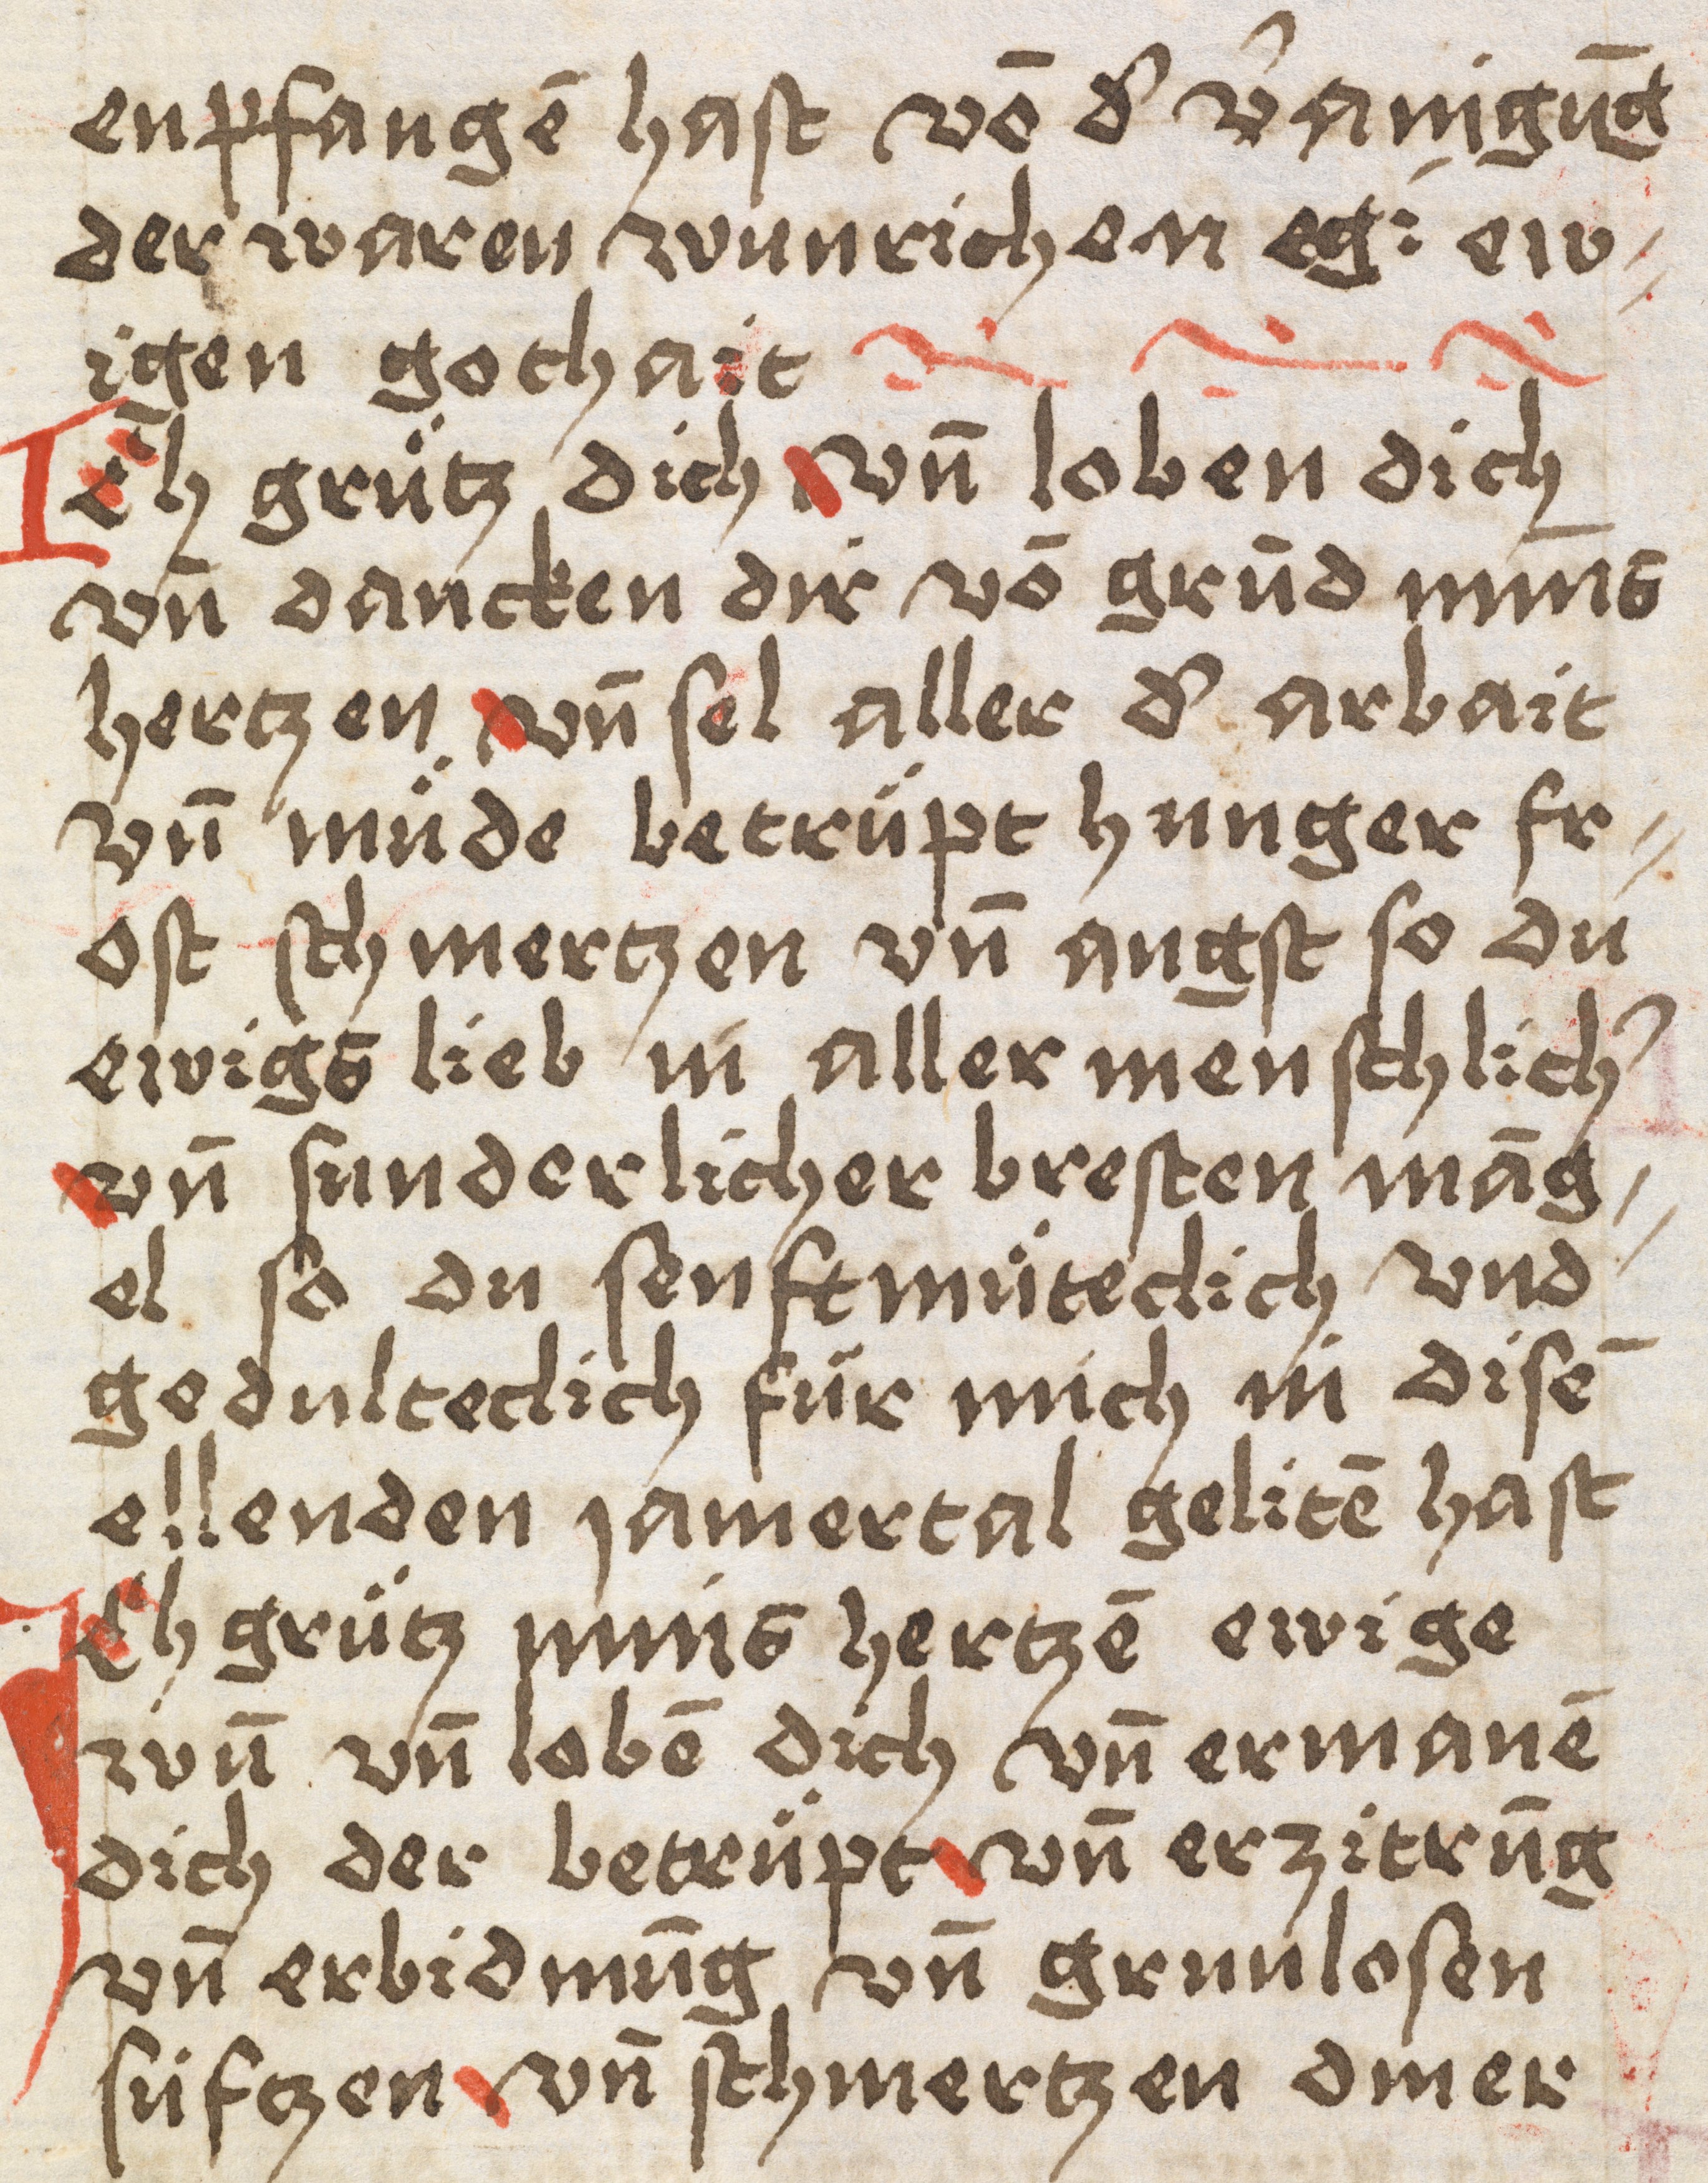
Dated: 1400–1499